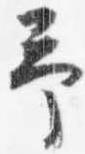
予